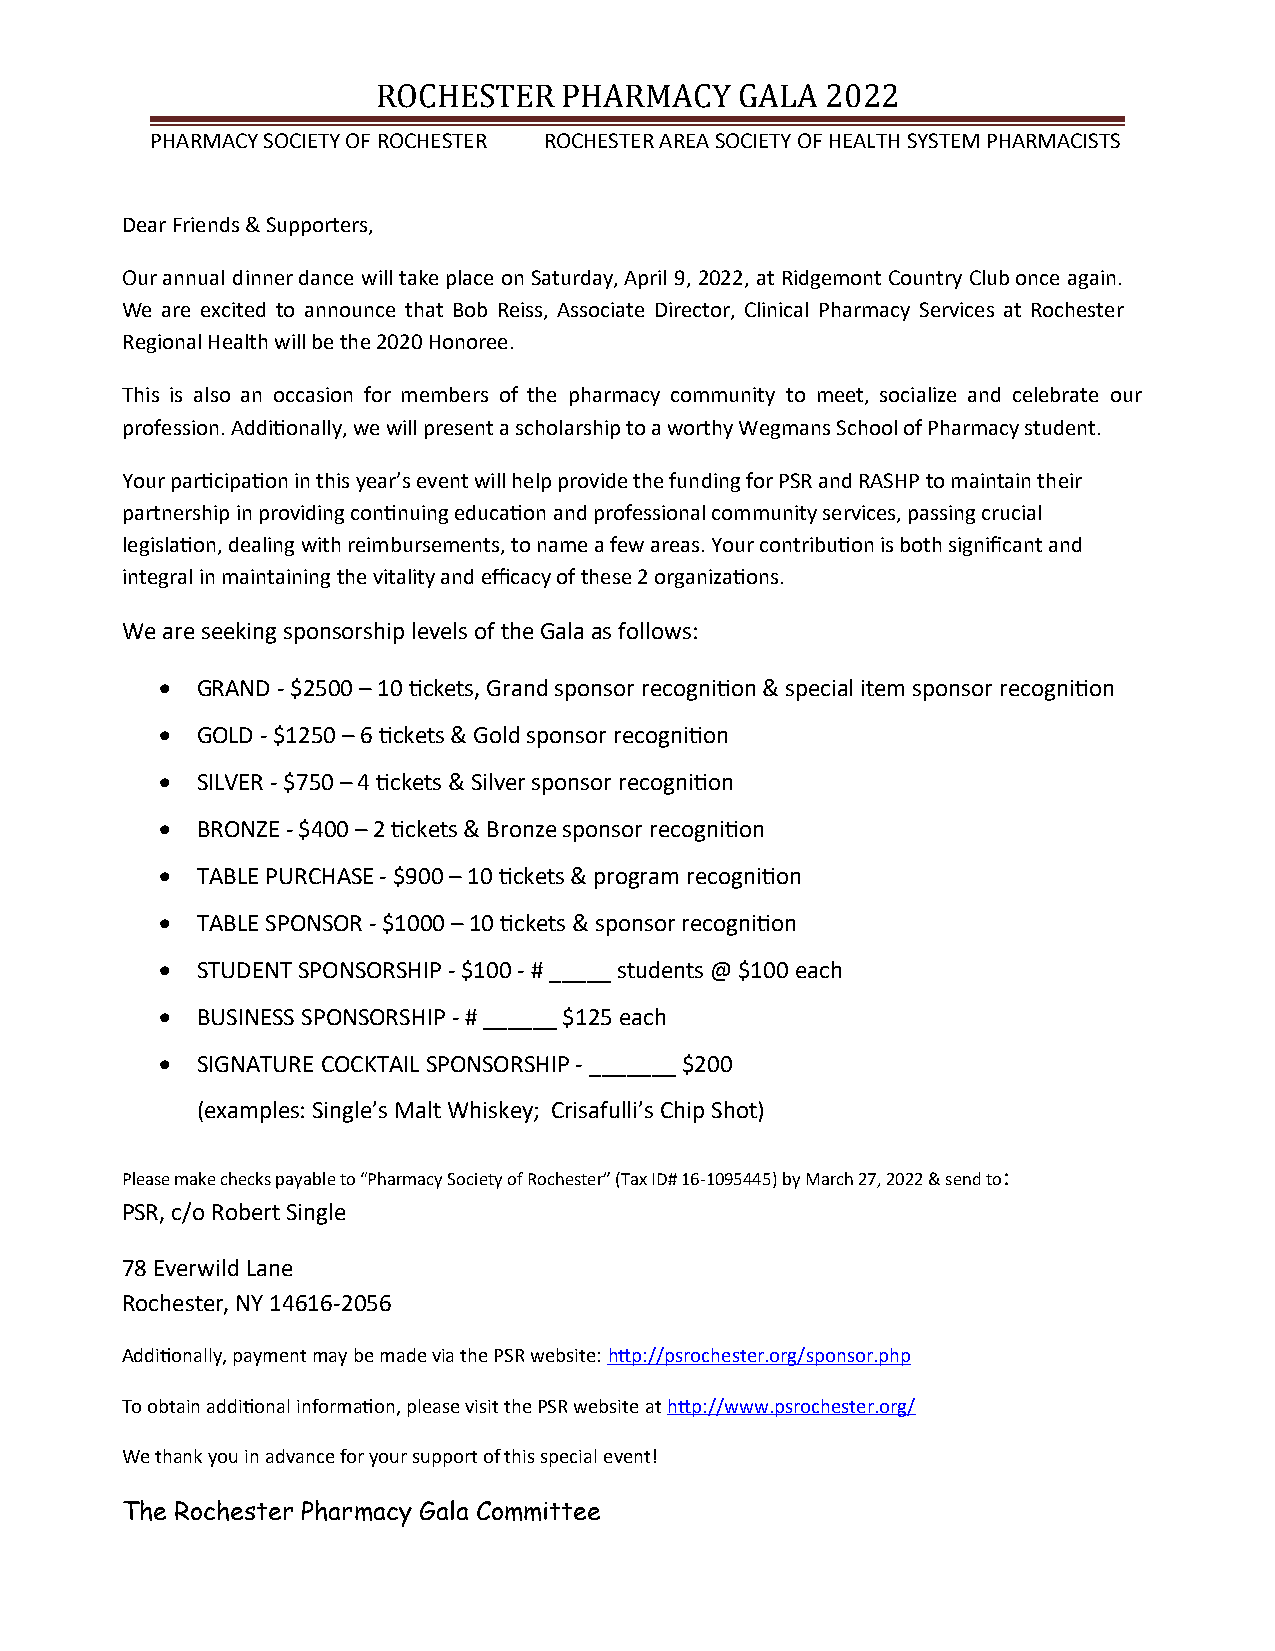
ROCHESTER   PHARMACY    GALA  2022
 PHARMACY SOCIETY OF ROCHESTER ROCHESTER AREA SOCIETY OF HEALTH SYSTEM PHARMACISTS
 Dear Friends & Supporters,
 Our annual dinner dance will take place on Saturday, April 9, 2022, at Ridgemont Country Club once again.
 We are excited to announce that Bob Reiss, Associate Director, Clinical Pharmacy Services at Rochester
 Regional Health will be the 2020 Honoree.
 This is also an occasion for members of the pharmacy community to meet, socialize and celebrate our
 profession. Additionally, we will present a scholarship to a worthy Wegmans School of Pharmacy student.
 Your participation in this year’s event will help provide the funding for PSR and RASHP to maintain their
 partnership in providing continuing education and professional community services, passing crucial
 legislation, dealing with reimbursements, to name a few areas. Your contribution is both significant and
 integral in maintaining the vitality and efficacy of these 2 organizations.
 We are seeking sponsorship levels of the Gala as follows:
  GRAND - $2500 – 10 tickets, Grand sponsor recognition & special item sponsor recognition
  GOLD - $1250 – 6 tickets & Gold sponsor recognition
  SILVER - $750 – 4 tickets & Silver sponsor recognition
  BRONZE - $400 – 2 tickets & Bronze sponsor recognition
  TABLE PURCHASE - $900 – 10 tickets & program recognition
  TABLE SPONSOR - $1000 – 10 tickets & sponsor recognition
  STUDENT SPONSORSHIP - $100 - # _____ students @ $100 each
  BUSINESS SPONSORSHIP - # ______ $125 each
  SIGNATURE COCKTAIL SPONSORSHIP - _______ $200
 (examples: Single’s Malt Whiskey; Crisafulli’s Chip Shot)
 Please make checks payable to “Pharmacy Society of Rochester” (Tax ID# 16-1095445) by March 27, 2022 & send to:
 PSR, c/o Robert Single
 78 Everwild Lane
 Rochester, NY 14616-2056
 Additionally, payment may be made via the PSR website: http://psrochester.org/sponsor.php
 To obtain additional information, please visit the PSR website at http://www.psrochester.org/
 We thank you in advance for your support of this special event!
 The Rochester Pharmacy Gala Committee